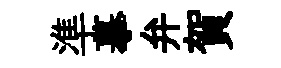
準摹弁賀